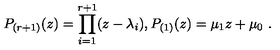
P _ { ( r + 1 ) } ( z ) = \prod _ { i = 1 } ^ { r + 1 } ( z - \lambda _ { i } ) ,  P _ { ( 1 ) } ( z ) = \mu _ { 1 } z + \mu _ { 0 } \ .